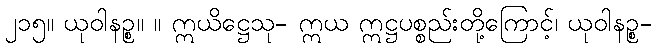
၂၁၅။ ယုဝါနဉ္စ။ ။ ဣယိဋ္ဌေသု- ဣယ ဣဋ္ဌပစ္စည်းတို့ကြောင့်၊ ယုဝါနဉ္စ-